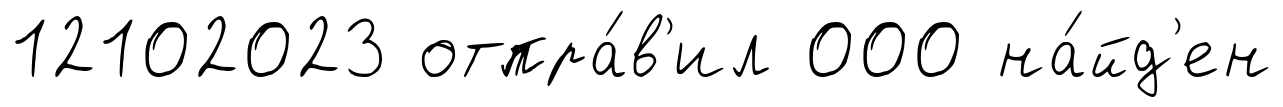
12102023 отпра́в'ил 000 на́йд'ен